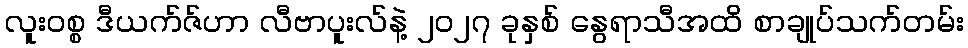
လူးဝစ္စ ဒီယက်ဇ်ဟာ လီဗာပူးလ်နဲ့ ၂၀၂၇ ခုနှစ် နွေရာသီအထိ စာချုပ်သက်တမ်း